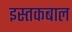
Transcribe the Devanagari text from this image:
इस्तकबाल